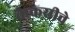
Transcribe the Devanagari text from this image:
कैकसीचे